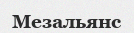
Мезальянс